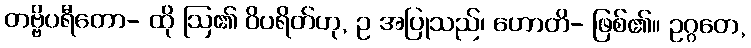
တဗ္ဗိပရီတော- ထို ဩ၏ ဝိပရိတ်ဟု, ဥ အပြုသည်၊ ဟောတိ- ဖြစ်၏။ ဥဂ္ဂတေ,